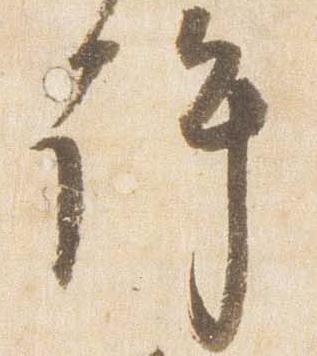
許